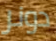
دونر